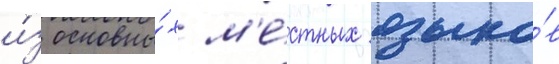
и́з основны́х м'е́стных языко́в